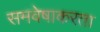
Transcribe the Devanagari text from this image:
समवेषाकरता